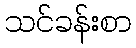
သင်ခန်းစာ